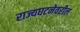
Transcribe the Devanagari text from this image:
राज्यघटनेवरील